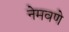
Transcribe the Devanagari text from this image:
नेमवणे